Leaving Certificate, 1888
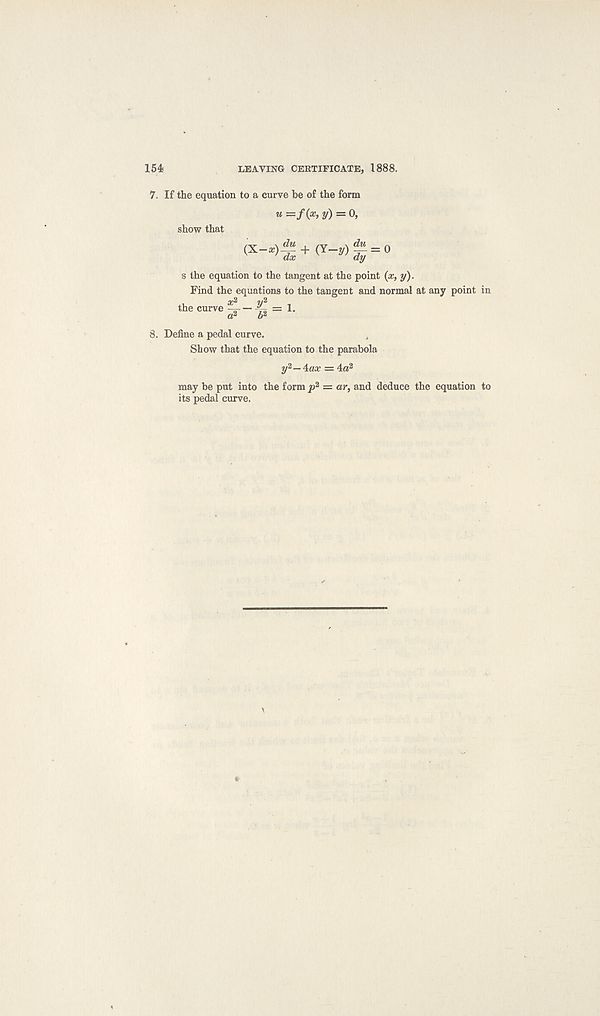
154.
LEAVING CERTIFICATE, 1888.
7. If the equation to a curve be of the form
« =/0> y) - 0,
show that
s the equation to the tangent at the point (x, y).
Find the equations to the tangent and normal at any point in
XL
V 2 1
the curve -=— = 1.
a? b %
8. Define a pedal curve.
Show that the equation to the parabola
y 2 — Aax — 4a 2
may be put into the form y> 2 = ar, and deduce the equation to
its pedal curve.